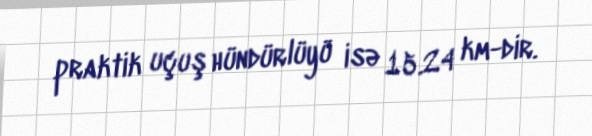
praktik uçuş hündürlüyü isə 15.24 km-dir.